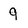
Character: 9